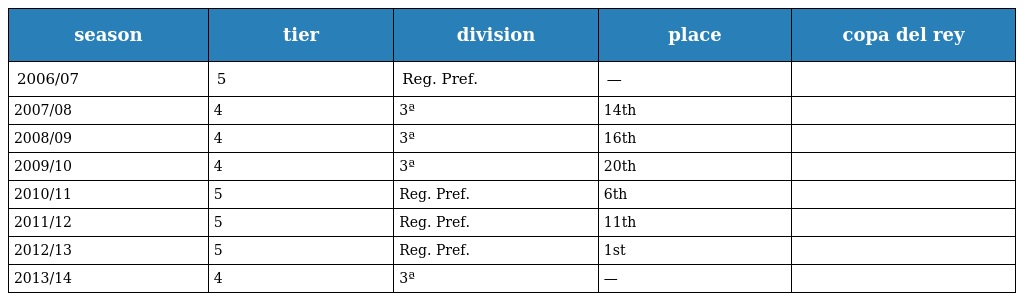
| season | tier | division | place | copa del rey |
 | --- | --- | --- | --- | --- |
 | 2006/07 | 5 | Reg. Pref. | — |  |
 | 2007/08 | 4 | 3ª | 14th |  |
 | 2008/09 | 4 | 3ª | 16th |  |
 | 2009/10 | 4 | 3ª | 20th |  |
 | 2010/11 | 5 | Reg. Pref. | 6th |  |
 | 2011/12 | 5 | Reg. Pref. | 11th |  |
 | 2012/13 | 5 | Reg. Pref. | 1st |  |
 | 2013/14 | 4 | 3ª | — |  |